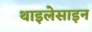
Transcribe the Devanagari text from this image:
थाइलेसाइन